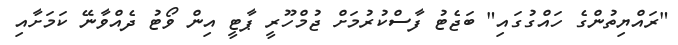
"ރައްޔިތުންގެ ހައްގުގައި" ބަޖެޓު ފާސްކުރުމަށް ޖުމްހޫރީ ޕާޓީ އިން ވޯޓު ދެއްވާނޭ ކަމަށާއި